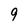
Character: 9